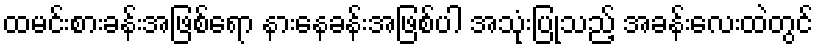
ထမင်းစားခန်းအဖြစ်ရော နားနေခန်းအဖြစ်ပါ အသုံးပြုသည့် အခန်းလေးထဲတွင်